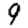
Digit: 9